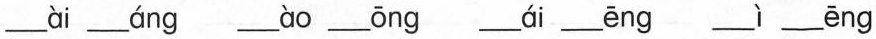
___ ài___ áng ___ ào___ ōng ___ái___ēng ___ì___ēng